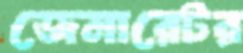
জেনারেটর